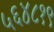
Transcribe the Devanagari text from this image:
५६४८१९